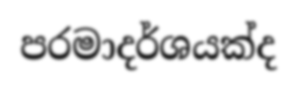
පරමාදර්ශයක්ද